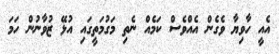
އެއީ ހާވިޔާ ވެގެން އެއްވެސް ކަމެއް ނެތި މަގުމަތީގައި އުޅޭ ޒުވާނުން ހަމަ